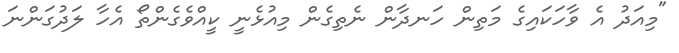
"މިއަދު އެ ވާހަކައިގެ މަތިން ހަނދާން ނެތިގެން މިއުޅެނީ ކީއްވެގެންތޯ އެހާ ލަދުގަންނަ